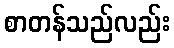
စာတန်သည်လည်း